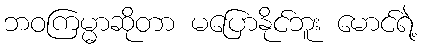
ဘဝကြမ္မာဆိုတာ မပြောနိုင်ဘူး မောင်ရဲ့